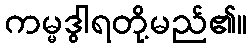
ကမ္မဒွါရတို့မည်၏။